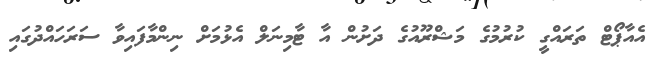
އެއާޕޯޓް ތަރައްގީ ކުރުމުގެ މަޝްރޫއުގެ ދަށުން އާ ޓާމިނަލް އެޅުމަށް ނިންމާފައިވާ ސަރަހައްދުގައި